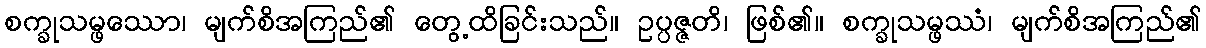
စက္ခုသမ္ဖဿော၊ မျက်စိအကြည်၏ တွေ့ထိခြင်းသည်။ ဥပ္ပဇ္ဇတိ၊ ဖြစ်၏။ စက္ခုသမ္ဖဿံ၊ မျက်စိအကြည်၏